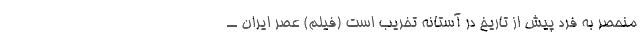
منحصر به فرد پیش از تاریخ در آستانه تخریب است (فیلم) عصر ایران ــ‌